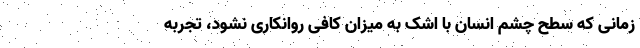
زمانی که سطح چشم انسان با اشک به میزان کافی روانکاری نشود، تجربه